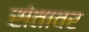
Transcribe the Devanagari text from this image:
संतावर